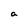
Character: a